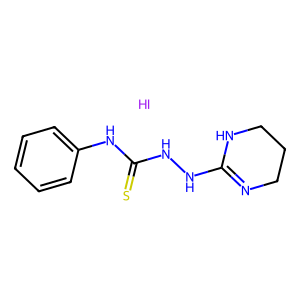
SMILES: I.S=C(NNC1=NCCCN1)Nc1ccccc1
Inhibits HIV replication: No